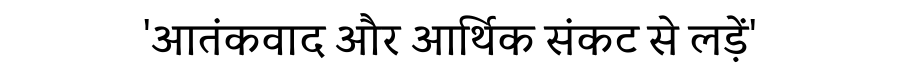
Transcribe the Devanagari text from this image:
'आतंकवाद और आर्थिक संकट से लड़ें'